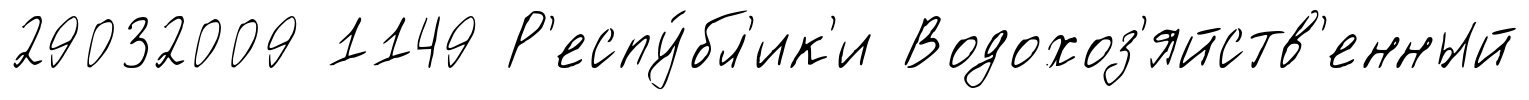
29032009 1149 Р'еспу́бл'ик'и Водохоз'яйств'енный